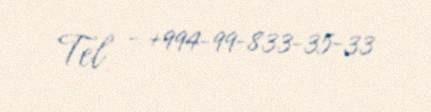
Tel - +994-99-833-35-33